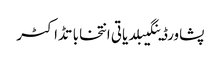
پشاورڈینگیبلدیاتی انتخاباتڈاکٹر